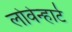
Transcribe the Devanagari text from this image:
लोवेन्हार्ट